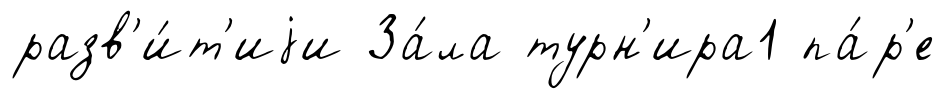
разв'и́т'иjи За́ла турн'ира1 па́р'е